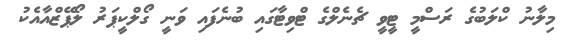
މިލާނު ކްލަބުގެ ރަސްމީ ޓީވީ ޗެނެލްގެ ޓްވިޓާގައި ބުނެފައި ވަނީ ގޯލްކީޕަރު ލޯޕޭޒްއާއެކު